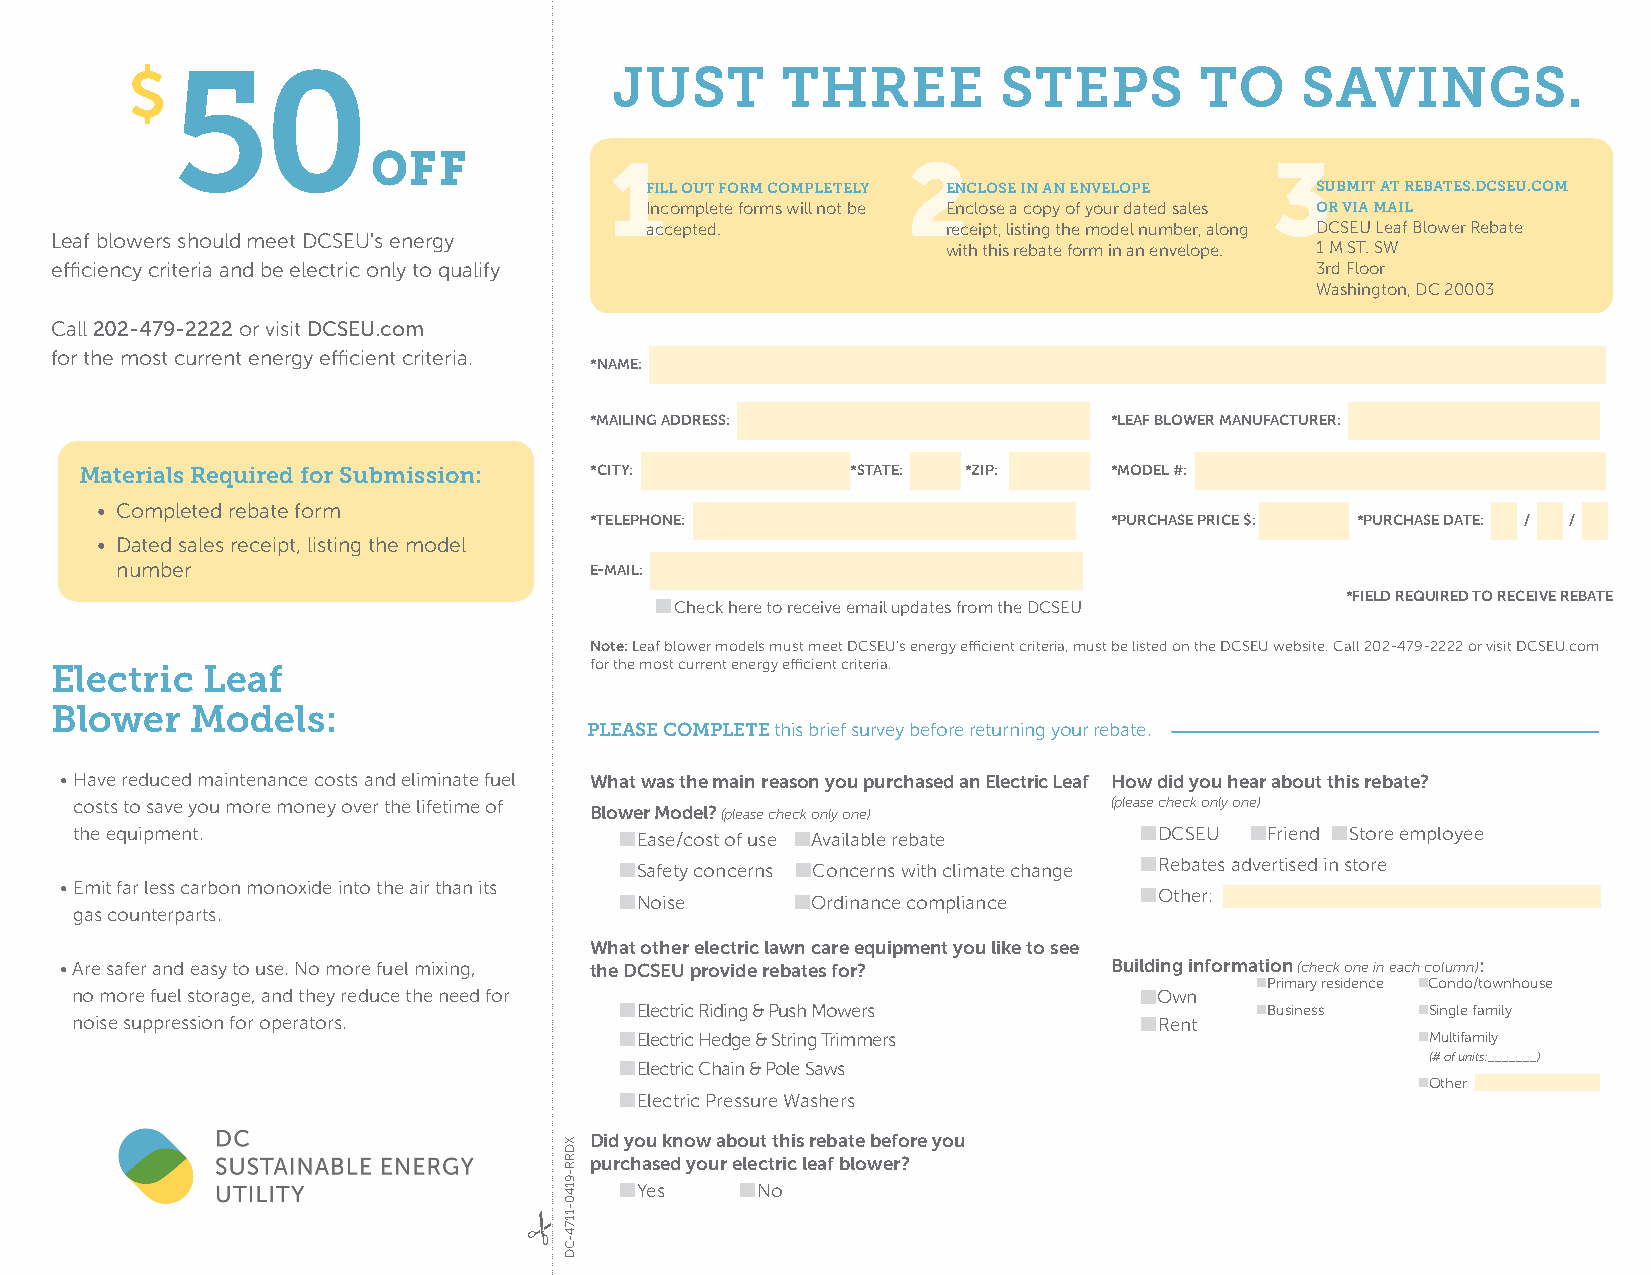
$ 50                            JUST       THREE         STEPS        TO     SAVINGS.
 OFF
 1                   2                       3
 FILL OUT FORM COMPLETELY ENCLOSE IN AN ENVELOPE SUBMIT AT REBATES.DCSEU.COM
 Incomplete forms will not be Enclose a copy of your dated sales OR VIA MAIL
 accepted.           receipt, listing the model number, along DCSEU Leaf Blower Rebate
 Leaf blowers should meet DCSEU's energy
 with this rebate form in an envelope. 1 M ST. SW
 efficiency criteria and be electric only to qualify                                 3rd Floor
 Washington, DC 20003
 Call 202-479-2222 or visit DCSEU.com
 for the most current energy efficient criteria.
 *NAME:
 *MAILING ADDRESS:                  *LEAF BLOWER MANUFACTURER:
 Materials Required for Submission: *CITY:          *STATE: *ZIP:     *MODEL #:
 • Completed rebate form
 *TELEPHONE:                        *PURCHASE PRICE $: *PURCHASE DATE: / /
 • Dated sales receipt, listing the model
 number                         E-MAIL:
 nCheck here to receive email updates from the DCSEU *FIELD REQUIRED TO RECEIVE REBATE
 Note: Leaf blower models must meet DCSEU's energy efficient criteria, must be listed on the DCSEU website. Call 202-479-2222 or visit DCSEU.com
 Electric  Leaf                      for the most current energy efficient criteria.
 Blower    Models:
 PLEASE COMPLETE this brief survey before returning your rebate.
 • Have reduced maintenance costs and eliminate fuel What was the main reason you purchased an Electric Leaf How did you hear about this rebate?
 costs to save you more money over the lifetime of                    (please check only one)
 Blower Model? (please check only one)
 the equipment.                      nEase/cost of use nAvailable rebate nDCSEU nFriend nStore employee
 nSafety concerns nConcerns with climate change nRebates advertised in store
 • Emit far less carbon monoxide into the air than its nNoise nOrdinance compliance nOther:
 gas counterparts.
 What other electric lawn care equipment you like to see
 • Are safer and easy to use. No more fuel mixing, the DCSEU provide rebates for? Building information (check one in each column):
 nPrimary residence nCondo/townhouse
 no more fuel storage, and they reduce the need for                    nOwn
 nElectric Riding & Push Mowers            nBusiness  nSingle family
 noise suppression for operators.                                      nRent
 nElectric Hedge & String Trimmers                    nMultifamily
 (# of units:_______)
 nElectric Chain & Pole Saws
 nOther
 nElectric Pressure Washers
 Did you know about this rebate before you
 purchased your electric leaf blower?
 nYes    nNo
 XDRR-9140-1174-CD